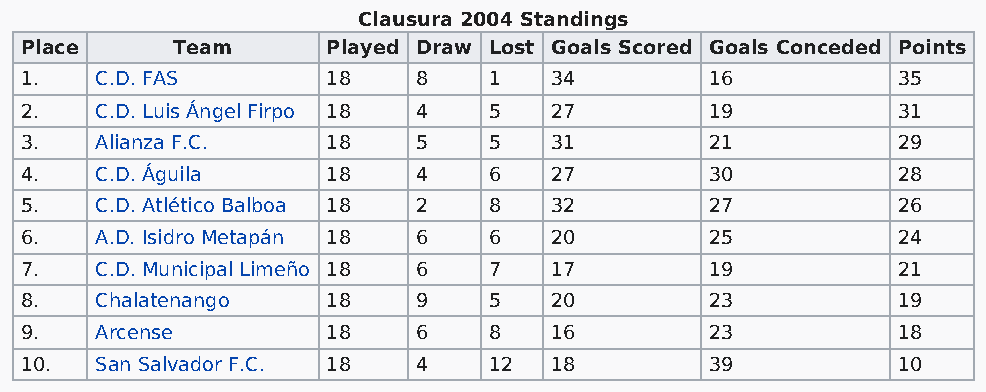
Clausura 2004 Standings
 Place     Team       Played Draw Lost Goals Scored Goals Conceded Points
 1.   C.D. FAS        18    8   1   34         16          35
 2.   C.D. Luis Ángel Firpo 18 4 5  27         19          31
 3.   Alianza F.C.    18    5   5   31         21          29
 4.   C.D. Águila     18    4   6   27         30          28
 5.   C.D. Atlético Balboa 18 2 8   32         27          26
 6.   A.D. Isidro Metapán 18 6  6   20         25          24
 7.   C.D. Municipal Limeño 18 6 7  17         19          21
 8.   Chalatenango    18    9   5   20         23          19
 9.   Arcense         18    6   8   16         23          18
 10.  San Salvador F.C. 18  4   12  18         39          10